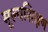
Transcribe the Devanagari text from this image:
मूल्यशिक्षण